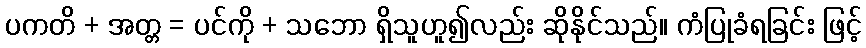
ပကတိ + အတ္တ = ပင်ကို + သဘော ရှိသူဟူ၍လည်း ဆိုနိုင်သည်။ ကံပြုခံရခြင်း ဖြင့်